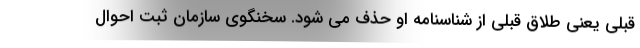
قبلی یعنی طلاق قبلی از شناسنامه او حذف می شود. سخنگوی سازمان ثبت احوال